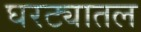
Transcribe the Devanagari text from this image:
घरट्यातल